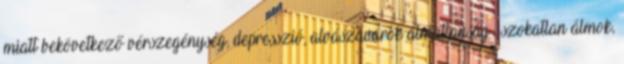
miatt bekövetkező vérszegénység, depresszió, alvászavarok álmatlanság , szokatlan álmok,